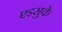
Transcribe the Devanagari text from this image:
एइसुके